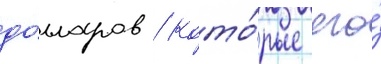
до́лларов / кото́рые его́